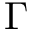
\Gamma